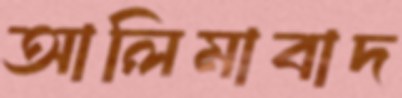
আলিমাবাদ